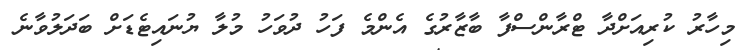
މިހާރު ކުރިއަށްދާ ޓްރާންސްފާ ބާޒާރުގެ އެންމެ ފަހު ދުވަހު މުލާ ޔުނައިޓެޑަށް ބަދަލުވާނެ